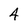
Character: 4